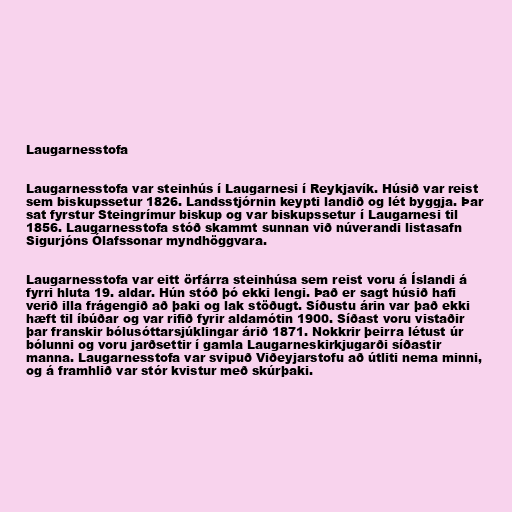
Laugarnesstofa

Laugarnesstofa var steinhús í Laugarnesi í Reykjavík. Húsið var reist
sem biskupssetur 1826. Landsstjórnin keypti landið og lét byggja. Þar
sat fyrstur Steingrímur biskup og var biskupssetur í Laugarnesi til
1856. Laugarnesstofa stóð skammt sunnan við núverandi listasafn
Sigurjóns Ólafssonar myndhöggvara.

Laugarnesstofa var eitt örfárra steinhúsa sem reist voru á Íslandi á
fyrri hluta 19. aldar. Hún stóð þó ekki lengi. Það er sagt húsið hafi
verið illa frágengið að þaki og lak stöðugt. Síðustu árin var það ekki
hæft til íbúðar og var rifið fyrir aldamótin 1900. Síðast voru vistaðir
þar franskir bólusóttarsjúklingar árið 1871. Nokkrir þeirra létust úr
bólunni og voru jarðsettir í gamla Laugarneskirkjugarði síðastir
manna. Laugarnesstofa var svipuð Viðeyjarstofu að útliti nema minni,
og á framhlið var stór kvistur með skúrþaki.